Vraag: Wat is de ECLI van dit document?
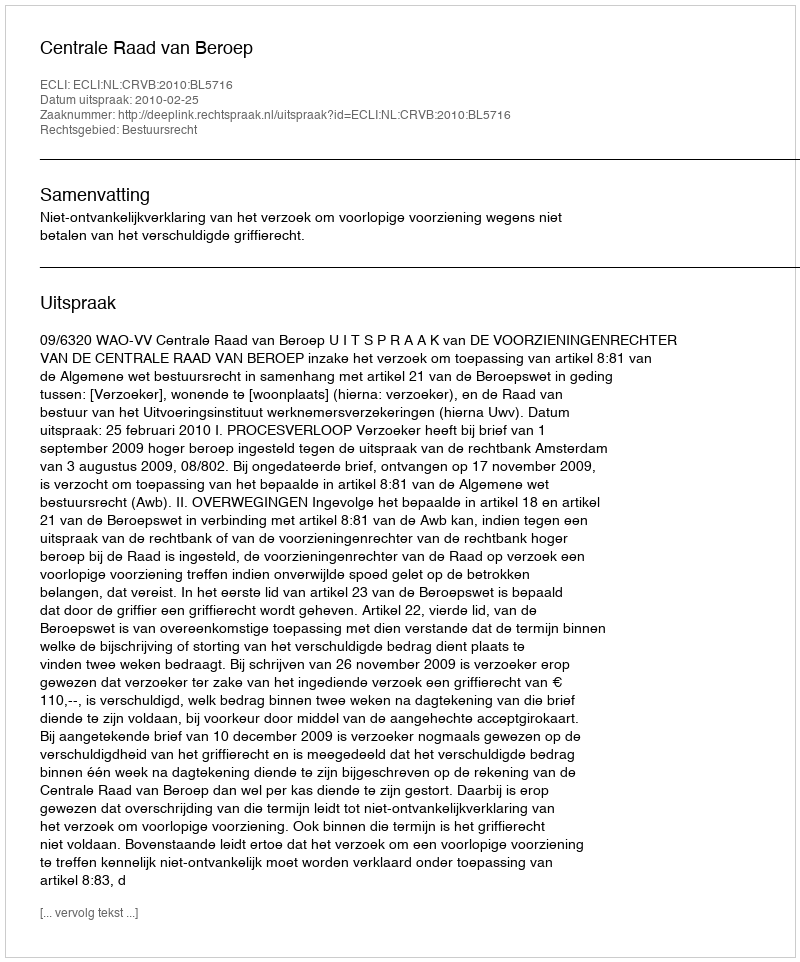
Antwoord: ECLI:NL:CRVB:2010:BL5716